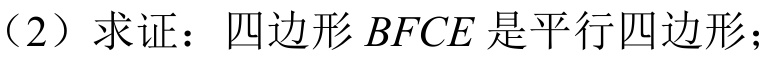
（2）求证：四边形\(BFCE\)是平行四边形；